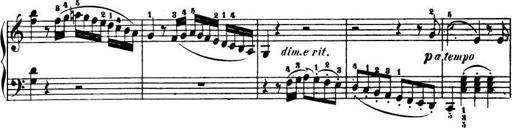
Title: Le bouquetier
Composer: Anton Diabelli
Key: G major
 C major
 F major
 C major